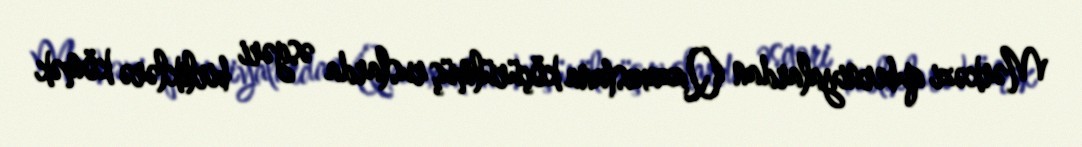
Mərkəzi quberniyalardan Qazaxıstana köçürülmüş ruslarda əsgəri birliklərə kömək